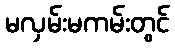
မလှမ်းမကမ်းတွင်